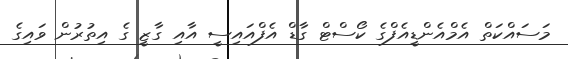
މަސައްކަތް އެމްއެންޑީއެފްގެ ކޯސްޓް ގާޑް އެފްއައިސީ އާއި ގާޒީ ގެ އިތުރުން ވައިގެ